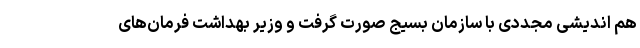
هم اندیشی مجددی با سازمان بسیج صورت گرفت و وزیر بهداشت فرمان‌های